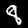
Digit: 8